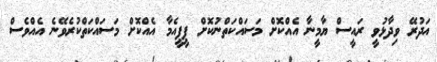
އަދުރޭ ވިދާޅުވީ ރައީސް ޔާމީނާ އެއްކޮށް މަސައްކަތްނުކޮށް ޕީޕީއެމާ އެއްކޮށް މަސައްކަތްކުރެވޭނެ އެއްވެސް